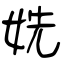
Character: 姺